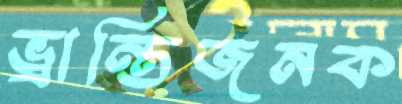
ভ্রান্তিজনক